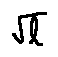
\sqrt { l }